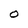
Character: O